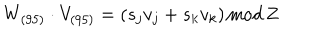
W _ { ( 9 5 ) } \cdot V _ { ( 9 5 ) } = ( s _ { j } v _ { j } + s _ { k } v _ { k } ) \mathrm { \, m o d \, } { \bf Z }